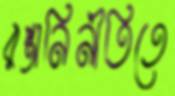
রপ্তানিনীতিতে